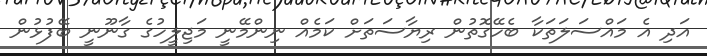
އަދި އެ މައްސަލަތަކާ ބެހޭގޮތުން ރިޔާސަތަށް ކަމެއް ނިންމޭނީ މަޖިލީހުގެ ގާނޫނީ ބޭފުޅުން